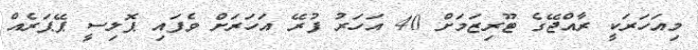
މިއަހަރަކީ ރާއްޖޭގެ ޓޫރިޒަމަށް 40 އަހަރު ފުރޭ އަހަރަށް ވެފައި ޕޮލިސީ ޕޭޕަރެއް